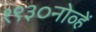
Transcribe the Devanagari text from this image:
१९३०नोव्हें